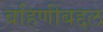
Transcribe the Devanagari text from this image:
बहिणींबद्दल